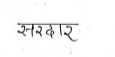
मजकूर: सरदार